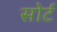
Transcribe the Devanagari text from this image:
सोर्ट